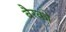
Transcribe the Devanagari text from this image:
बैरको